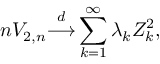
n V _ { 2 , n } { \stackrel { d } { \longrightarrow } } \sum _ { k = 1 } ^ { \infty } \lambda _ { k } Z _ { k } ^ { 2 } ,